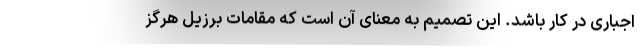
اجباری در کار باشد. این تصمیم به معنای آن است که مقامات برزیل هرگز